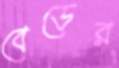
বেডের